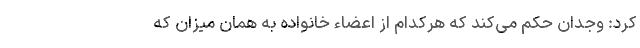
کرد: وجدان حکم می‌کند که هرکدام از اعضاء خانواده به همان میزان که